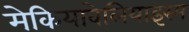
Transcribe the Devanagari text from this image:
मेकियावेलियाइस्म